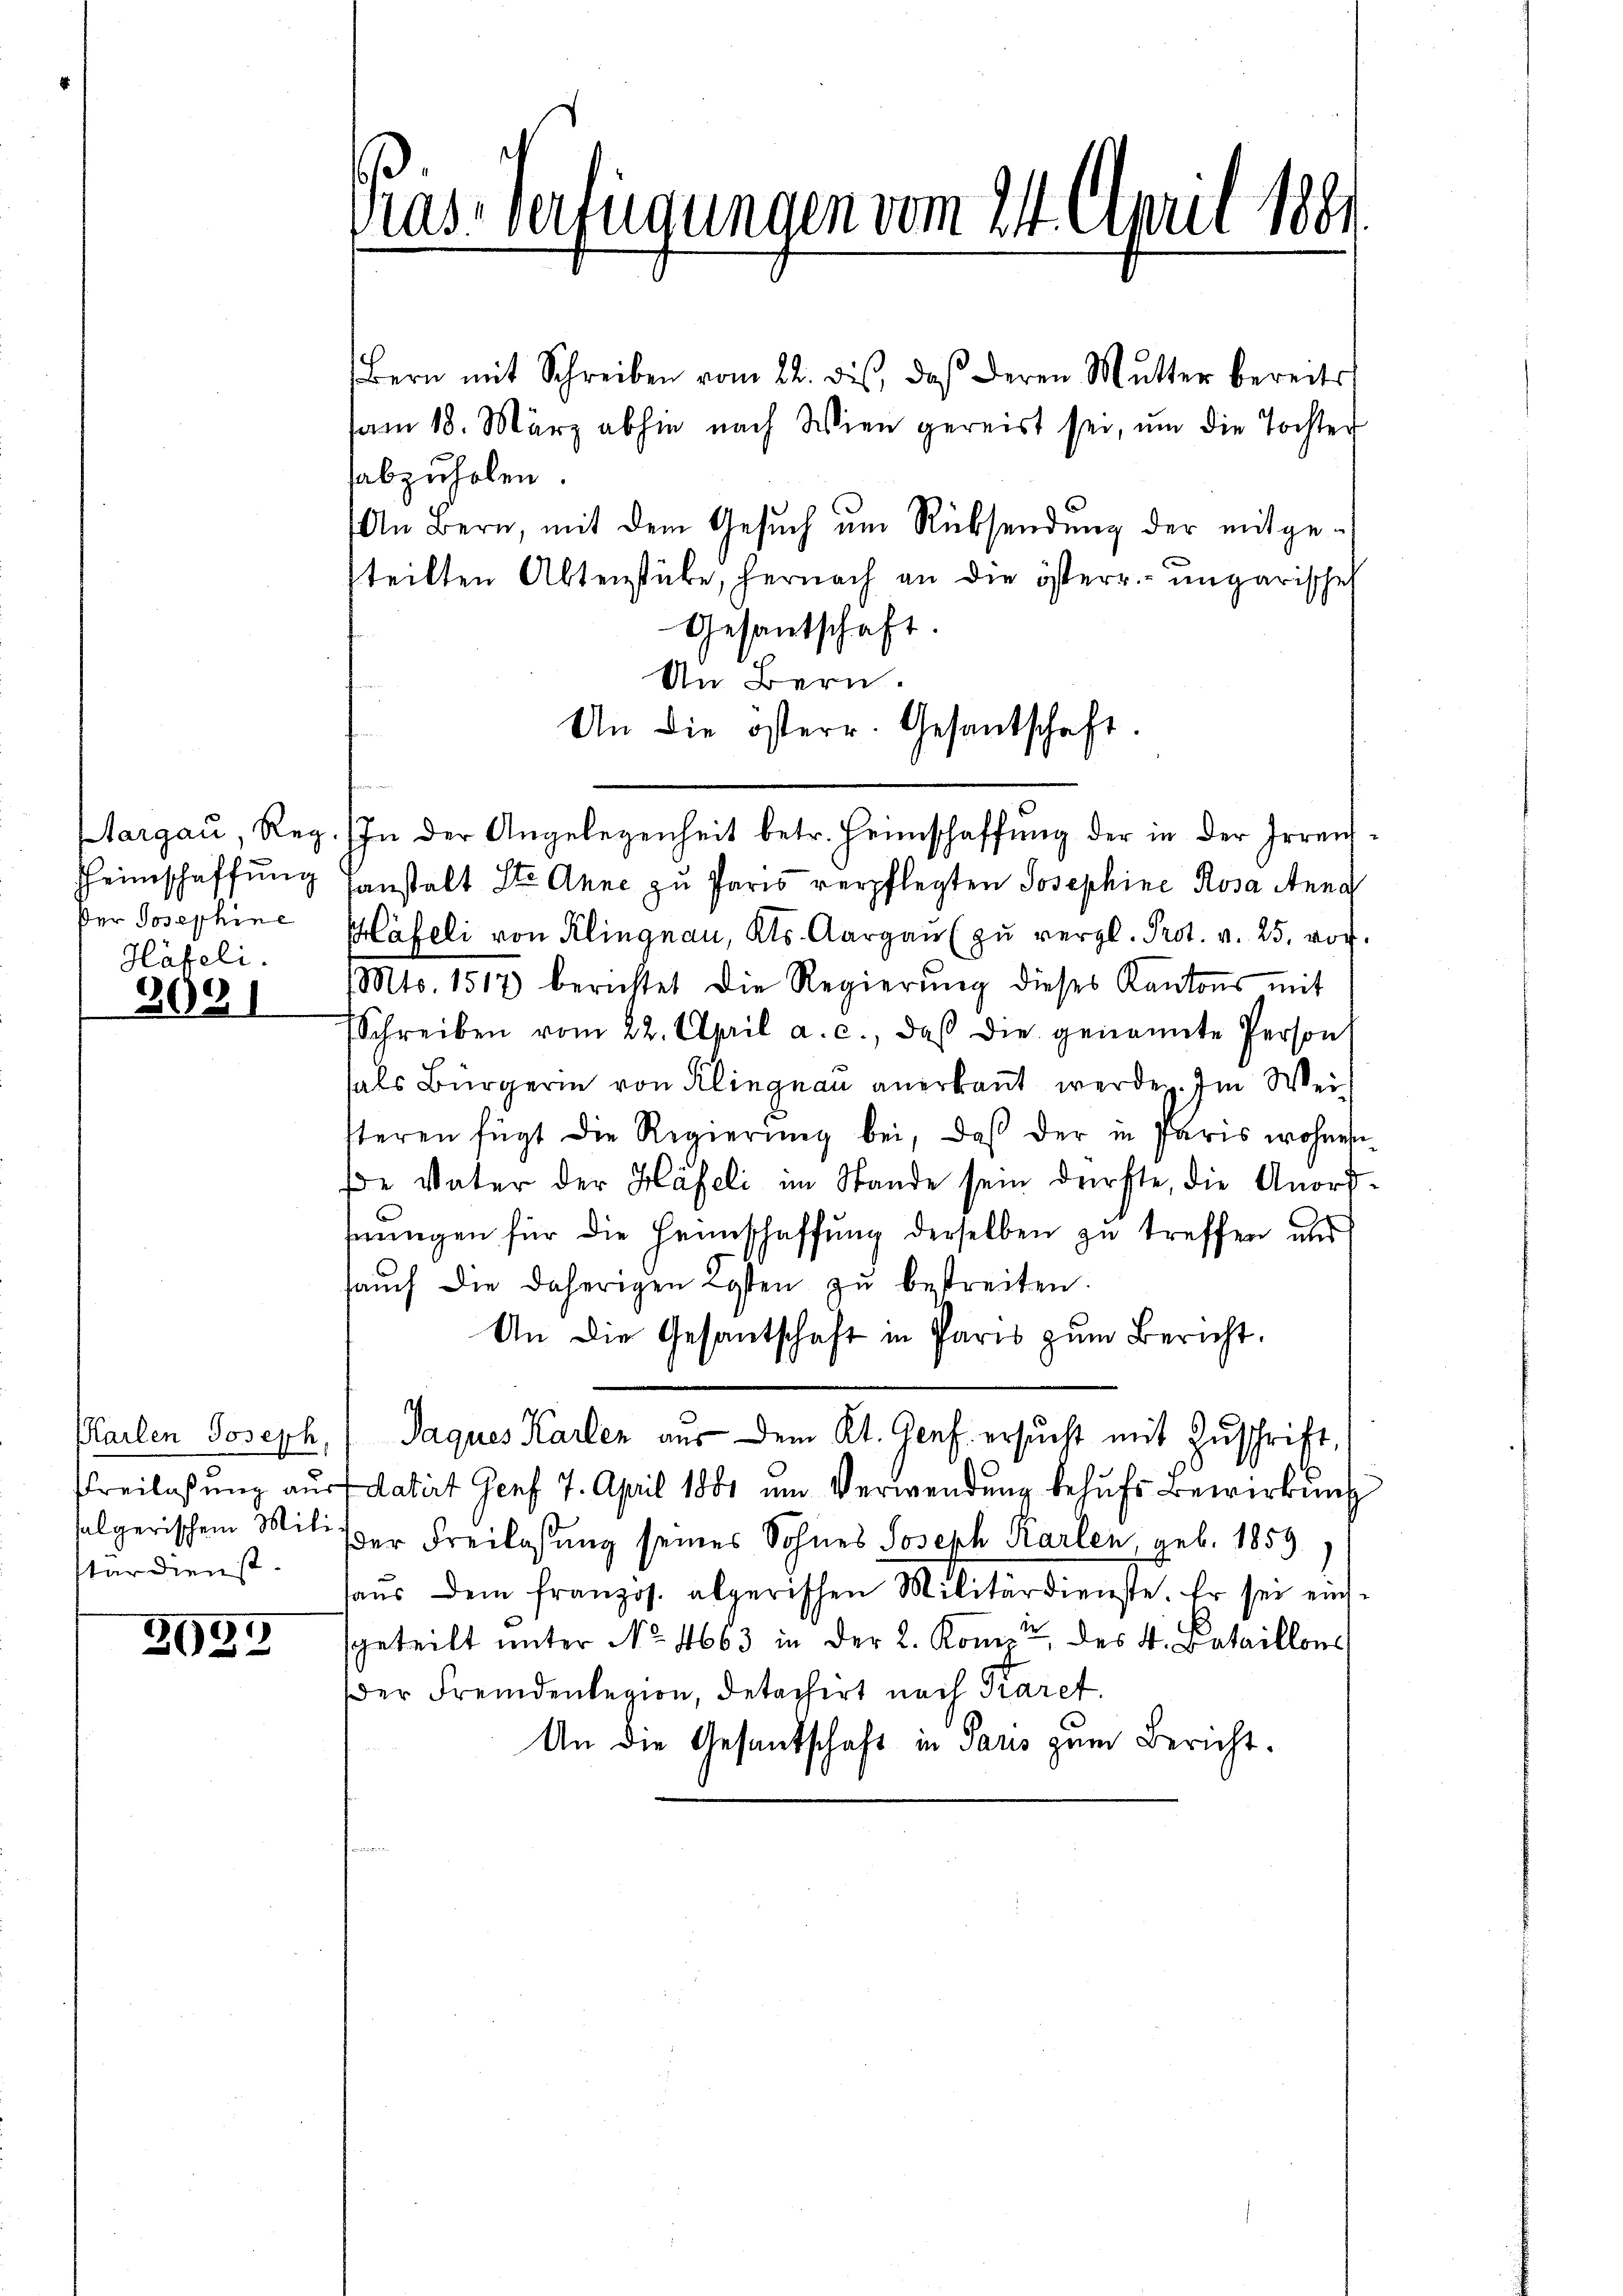
Heimschaffung
Häfeli.

302)

Karlen Joseph
terdienst.

2695

Bern mit Schreiben vom 22. dis, daß deren Mutter bereits
sam 18. März abhin nach Wien gereist sei, um die Tochter
abzuholen.
An Bern, mit dem Gesŭch ŭm Rücksendŭng der mitge-
steilten Abtenstücke, hernach an die österr. ungarisches
Gesantschaft.
sanstalt St. Anne zu Paris verpflegten Josephine Rosa Anna
Der Josephine Häfeli von Klingnau, Kts. Aargau (zu vergl. Prot. v. 25. vor.
Mts. 1517 berichtet die Regierŭng dieses Kantons mit
Schreiben vom 22. April a. c., daβ die genannte Person
fals Bürgerin von Klingnau anerkannt werden. Im Weisteren fügt die Regierung bei, daß der in Paris wohnen
e Vater der Häfeli im Stande sein dürfte, die Anordfnungen für die Heimschaffung derselben zu treffen und
haŭch die daherigen Kosten zŭ bestreiten.
An die Gesantschaft in Paris zum Bericht,
Jaques Karten aus dem Kt. Genf. ersucht mit Zŭschrift,
freilassŭng aŭf datirt Genf 7. April 1881 um Verwendŭng behŭfs Bewirkung
sfolgerischem Mit der Freilassung seines Sohnes Joseph Karlen geb. 1859
9.
haŭs dem franzos. abgerischen Militärdienste. Er sei einsgeteilt unter No. 4663 in der 2. Komet des 4. Bataillons
der Fremdenlegion, detachirt nach Karet
An die Gesandschaft in Paus zum Bericht.

ras-Verfügungen vom 24. April 1881

An Bern.
An die österr. Gesantschaft.
Aargaŭ, Reg. In der Angelegenheit betr. Heimschaffŭng der in der Irren-